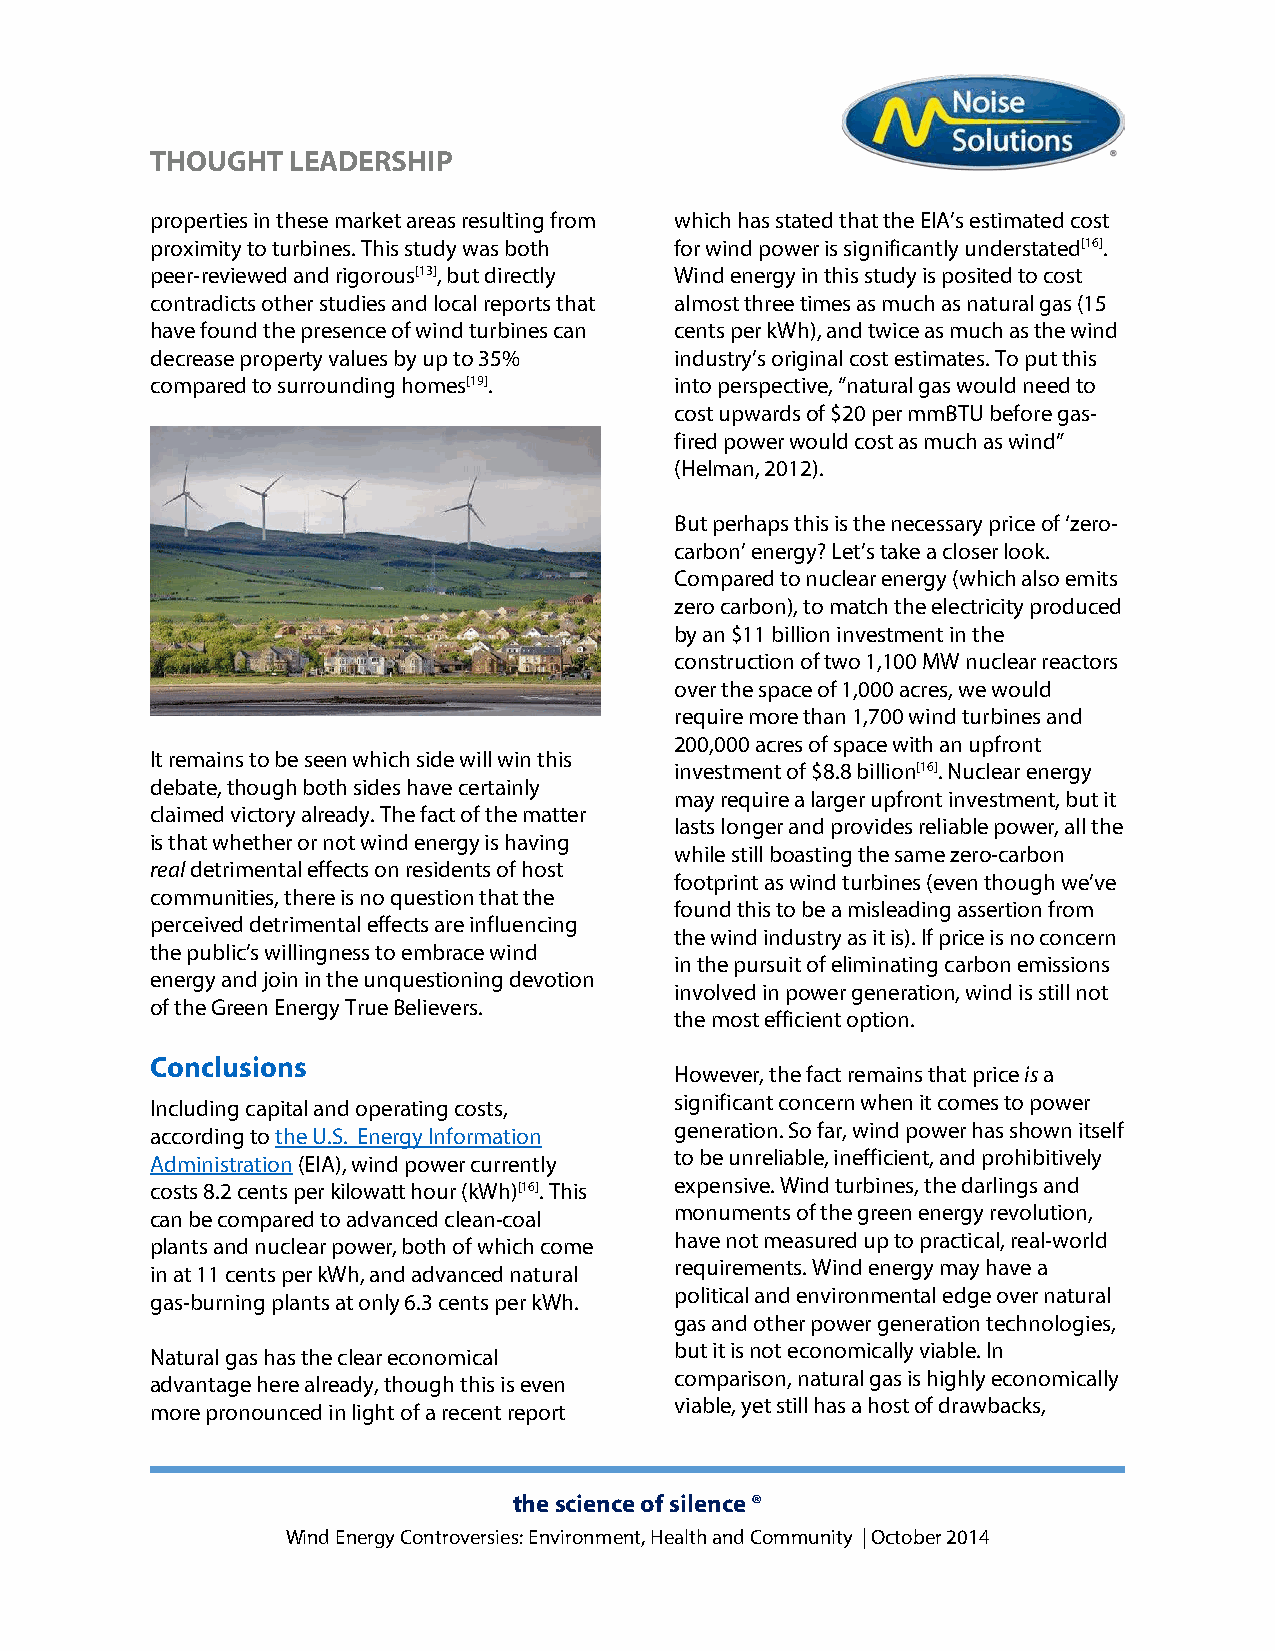
THOUGHT  LEADERSHIP
 properties in these market areas resulting from which has stated that the EIA’s estimated cost
 proximity to turbines. This study was both for wind power is significantly understated[16].
 peer-reviewed and rigorous[13], but directly Wind energy in this study is posited to cost
 contradicts other studies and local reports that almost three times as much as natural gas (15
 have found the presence of wind turbines can cents per kWh), and twice as much as the wind
 decrease property values by up to 35% industry’s original cost estimates. To put this
 compared to surrounding homes[19]. into perspective, “natural gas would need to
 cost upwards of $20 per mmBTU before gas-
 fired power would cost as much as wind”
 (Helman, 2012).
 But perhaps this is the necessary price of ‘zero-
 carbon’ energy? Let’s take a closer look.
 Compared to nuclear energy (which also emits
 zero carbon), to match the electricity produced
 by an $11 billion investment in the
 construction of two 1,100 MW nuclear reactors
 over the space of 1,000 acres, we would
 require more than 1,700 wind turbines and
 200,000 acres of space with an upfront
 It remains to be seen which side will win this
 investment of $8.8 billion[16]. Nuclear energy
 debate, though both sides have certainly
 may require a larger upfront investment, but it
 claimed victory already. The fact of the matter
 lasts longer and provides reliable power, all the
 is that whether or not wind energy is having
 while still boasting the same zero-carbon
 real detrimental effects on residents of host
 footprint as wind turbines (even though we’ve
 communities, there is no question that the
 found this to be a misleading assertion from
 perceived detrimental effects are influencing
 the wind industry as it is). If price is no concern
 the public’s willingness to embrace wind
 in the pursuit of eliminating carbon emissions
 energy and join in the unquestioning devotion
 involved in power generation, wind is still not
 of the Green Energy True Believers.
 the most efficient option.
 Conclusions
 However, the fact remains that price is a
 significant concern when it comes to power
 Including capital and operating costs,
 generation. So far, wind power has shown itself
 according to the U.S. Energy Information
 to be unreliable, inefficient, and prohibitively
 Administration (EIA), wind power currently
 costs 8.2 cents per kilowatt hour (kWh)[16]. This expensive. Wind turbines, the darlings and
 monuments of the green energy revolution,
 can be compared to advanced clean-coal
 have not measured up to practical, real-world
 plants and nuclear power, both of which come
 requirements. Wind energy may have a
 in at 11 cents per kWh, and advanced natural
 political and environmental edge over natural
 gas-burning plants at only 6.3 cents per kWh.
 gas and other power generation technologies,
 but it is not economically viable. In
 Natural gas has the clear economical
 comparison, natural gas is highly economically
 advantage here already, though this is even
 viable, yet still has a host of drawbacks,
 more pronounced in light of a recent report
 the science of silence ®
 Wind Energy Controversies: Environment, Health and Community | October 2014